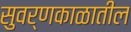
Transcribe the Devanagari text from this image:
सुवर्णकाळातील